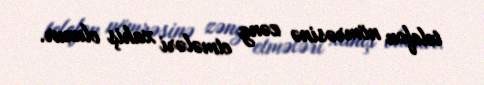
telefon nömrəsinə zəng etmələri xahiş olunur.